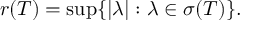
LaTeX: r ( T ) = \operatorname* { s u p } \{ | \lambda | : \lambda \in \sigma ( T ) \} .